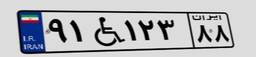
۸۲W۷۵۶۵۴